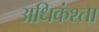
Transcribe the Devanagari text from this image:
अधिकंश्ता